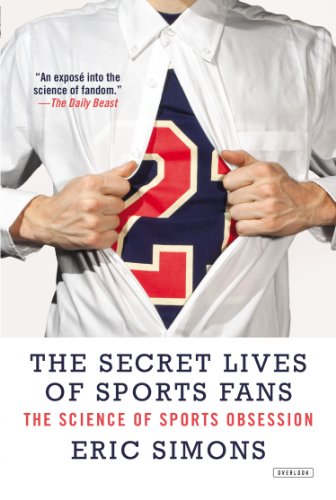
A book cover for The Secret Lives of Sports Fans: The Science of Sports Obsession; Eric Simons; Sports & Outdoors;